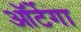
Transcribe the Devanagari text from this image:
ऑर्टेगा